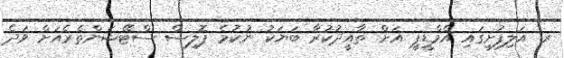
ރ. އަލިފުށީގައި އެމްޑީޕީ އަށް ތާއީދުކުރާ ބަޔަކު ނުކުމެ ޕޮލިސް ސްޓޭޝަންތެރެއަށް ވަދެ